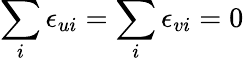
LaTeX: \sum_{i}\epsilon_{ui}=\sum_{i}\epsilon_{vi}=0